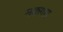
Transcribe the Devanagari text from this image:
मकगरा